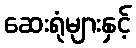
ဆေးရုံများနှင့်